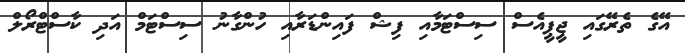
އޭގެ ތެރޭގައި ޖީޕީއެސް ސިސްޓަމާއި ފިޝް ފައިންޑަރާއި ހުންގާނު ސިސްޓަމް އަދި ކާސްޓްރޯލް